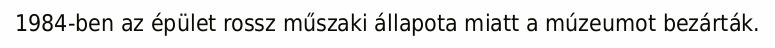
1984-ben az épület rossz műszaki állapota miatt a múzeumot bezárták.